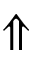
\Uparrow